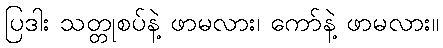
ပြဒါး သတ္တုစပ်နဲ့ ဖာမလား၊ ကော်နဲ့ ဖာမလား။